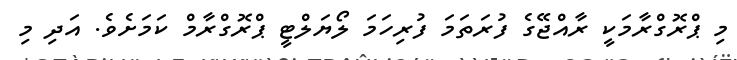
މި ޕްރޮގްރާމަކީ ރާއްޖޭގެ ފުރަތަމަ ފުރިހަމަ ލޯޔަލްޓީ ޕްރޮގްރާމް ކަމަށެވެ. އަދި މި